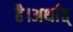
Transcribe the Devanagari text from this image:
है।अर्थात्